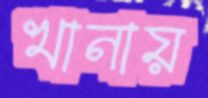
খানায়